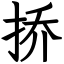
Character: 挢